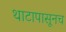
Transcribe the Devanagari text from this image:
थाटापासूनच